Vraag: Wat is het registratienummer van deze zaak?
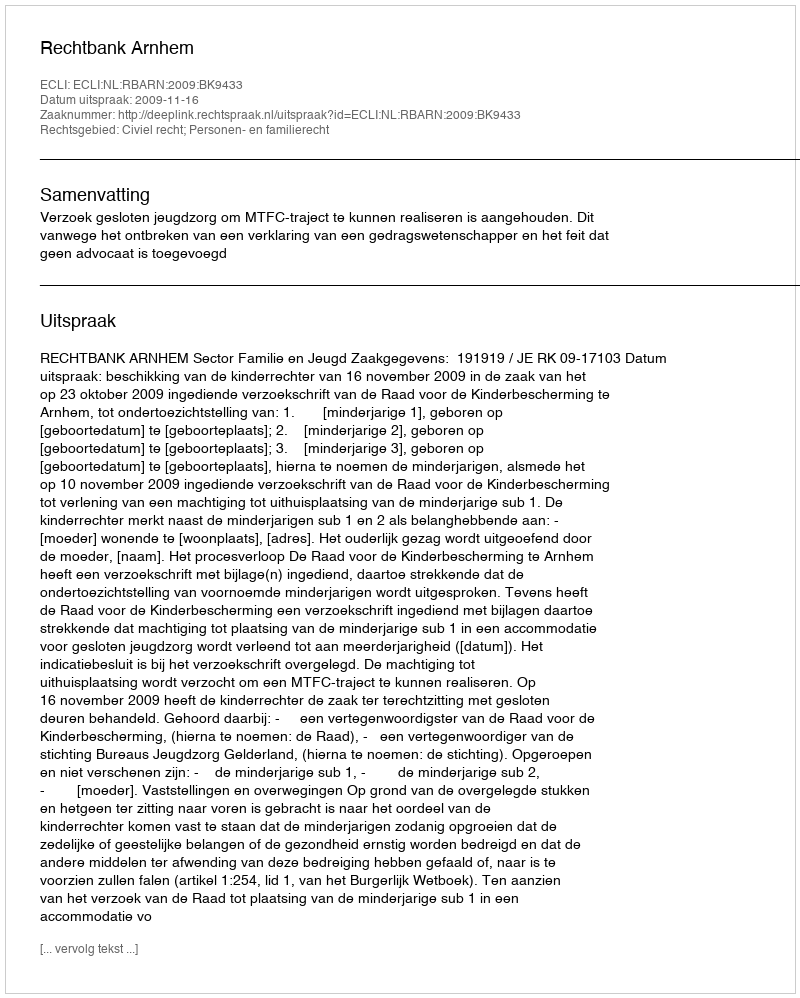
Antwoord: http://deeplink.rechtspraak.nl/uitspraak?id=ECLI:NL:RBARN:2009:BK9433